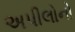
અપીલોનો